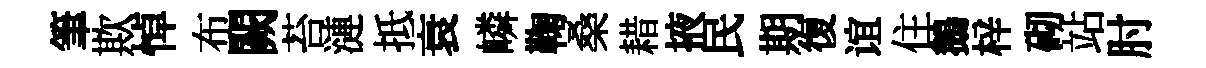
筆欺悼布闕苔漣抵衰嶙鞠桑耤掖民期復谊住鵝梓砌站肘